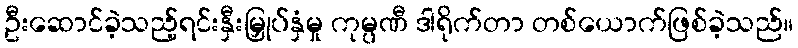
ဦးဆောင်ခဲ့သည့်ရင်းနှီးမြှုပ်နှံမှု ကုမ္ပဏီ ဒါရိုက်တာ တစ်ယောက်ဖြစ်ခဲ့သည်။